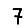
Digit: 7